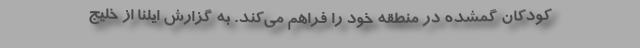
کودکان گمشده در منطقه خود را فراهم می‌کند. به گزارش ایلنا از خلیج